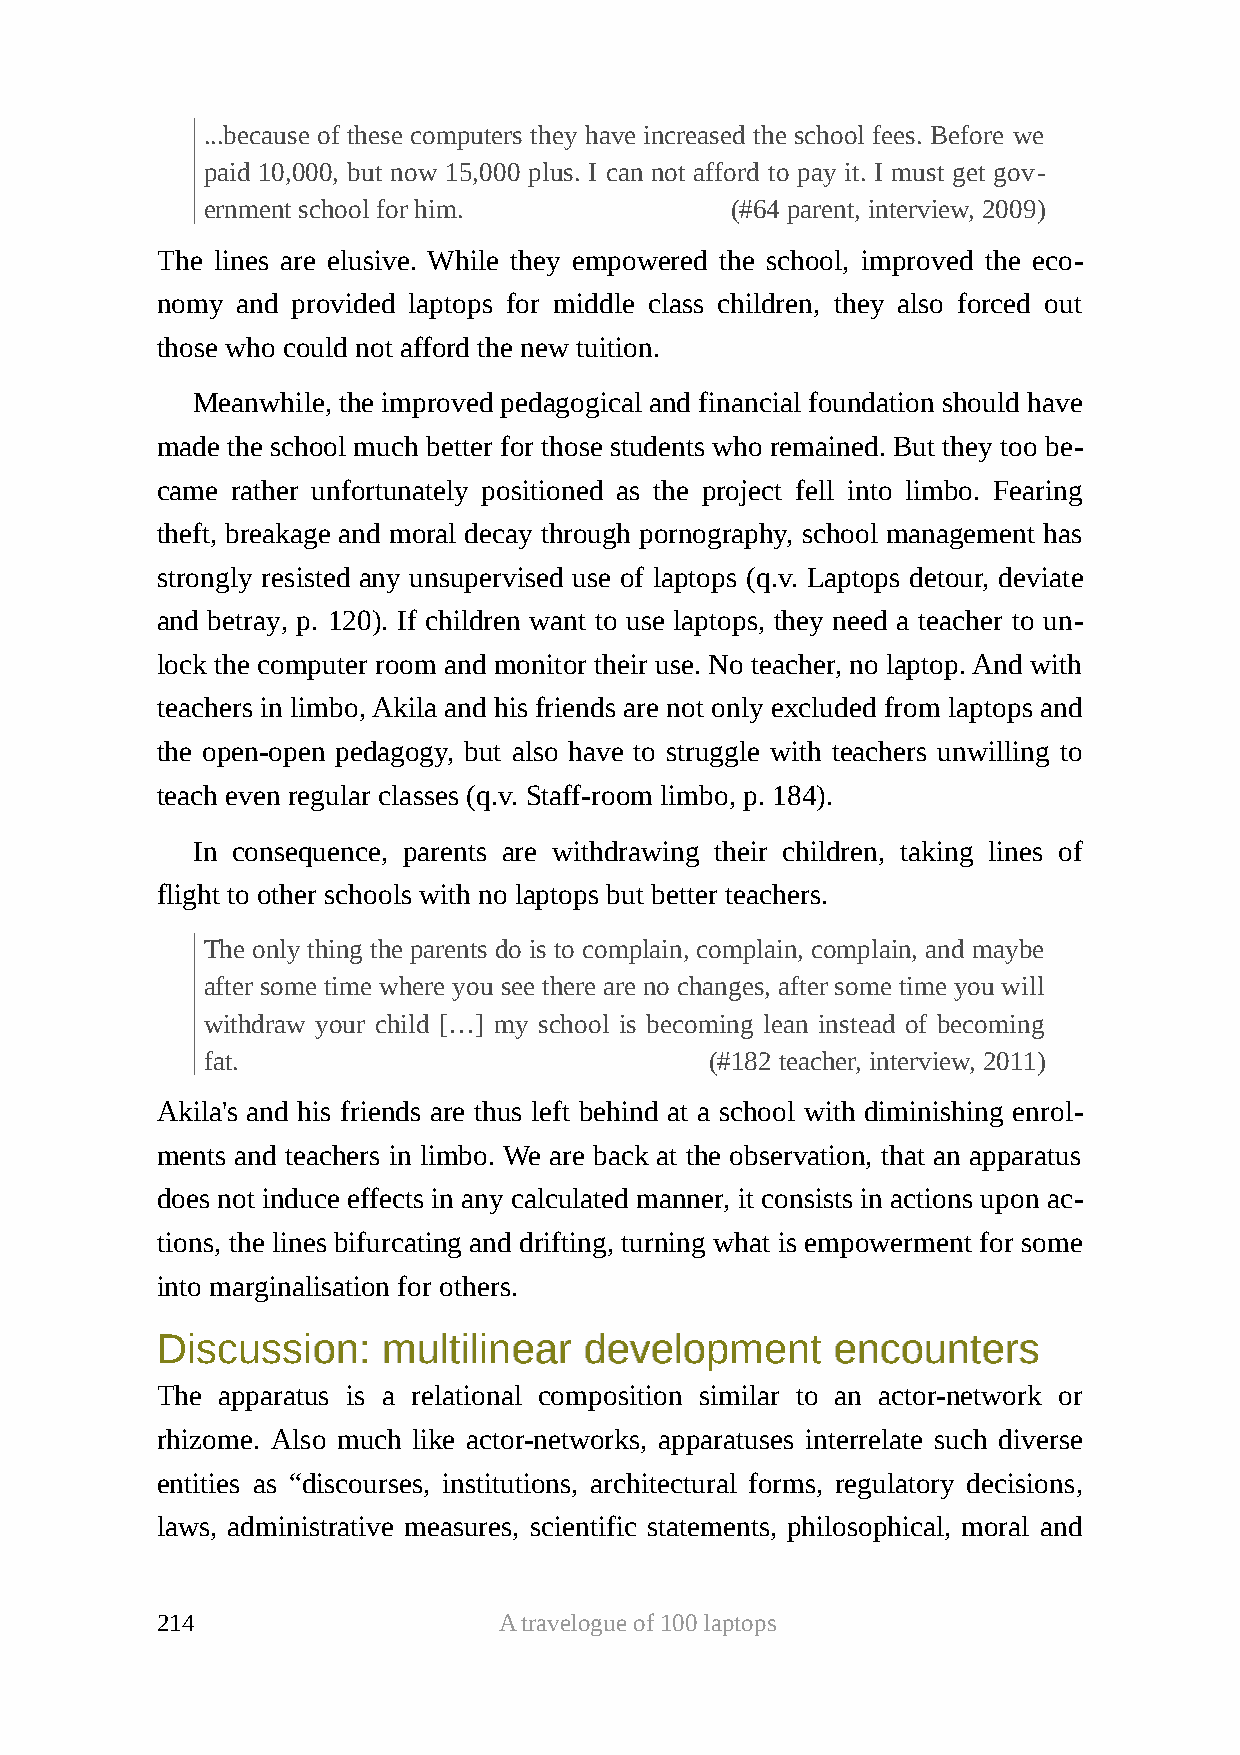
...because of these computers they have increased the school fees. Before we
 paid 10,000, but now 15,000 plus. I can not afford to pay it. I must get gov-
 ernment school for him.           (#64 parent, interview, 2009)
 The lines are elusive. While they empowered the school, improved the eco-
 nomy  and provided laptops for middle class children, they also forced out
 those who could not afford the new tuition.
 Meanwhile, the improved pedagogical and financial foundation should have
 made the school much better for those students who remained. But they too be-
 came rather unfortunately positioned as the project fell into limbo. Fearing
 theft, breakage and moral decay through pornography, school management has
 strongly resisted any unsupervised use of laptops (q.v. Laptops detour, deviate
 and betray, p. 120). If children want to use laptops, they need a teacher to un-
 lock the computer room and monitor their use. No teacher, no laptop. And with
 teachers in limbo, Akila and his friends are not only excluded from laptops and
 the open-open pedagogy, but also have to struggle with teachers unwilling to
 teach even regular classes (q.v. Staff-room limbo, p. 184).
 In consequence, parents are withdrawing their children, taking lines of
 flight to other schools with no laptops but better teachers.
 The only thing the parents do is to complain, complain, complain, and maybe
 after some time where you see there are no changes, after some time you will
 withdraw your child […] my school is becoming lean instead of becoming
 fat.                             (#182 teacher, interview, 2011)
 Akila's and his friends are thus left behind at a school with diminishing enrol-
 ments and teachers in limbo. We are back at the observation, that an apparatus
 does not induce effects in any calculated manner, it consists in actions upon ac-
 tions, the lines bifurcating and drifting, turning what is empowerment for some
 into marginalisation for others.
 DDiissccuussssiioonn:: mmuullttiilliinneeaarr ddeevveellooppmmeenntt eennccoouunntteerrss
 The apparatus is a relational composition similar to an actor-network or
 rhizome. Also much like actor-networks, apparatuses interrelate such diverse
 entities as “discourses, institutions, architectural forms, regulatory decisions,
 laws, administrative measures, scientific statements, philosophical, moral and
 214                    A travelogue of 100 laptops